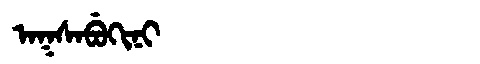
Manchu: ᠠᡴᠰᠠᠪᡠᡴᡳᠨᡳ
Romanization: AKSABUKINI